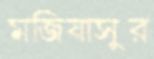
মজিষাসুর